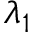
\lambda _ { 1 }